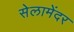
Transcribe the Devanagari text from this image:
सेलामेंदर